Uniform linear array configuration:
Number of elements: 8
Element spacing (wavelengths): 0.75
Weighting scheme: hann
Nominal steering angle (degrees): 30
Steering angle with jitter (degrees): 29.034
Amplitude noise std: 0.05
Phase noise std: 0.05

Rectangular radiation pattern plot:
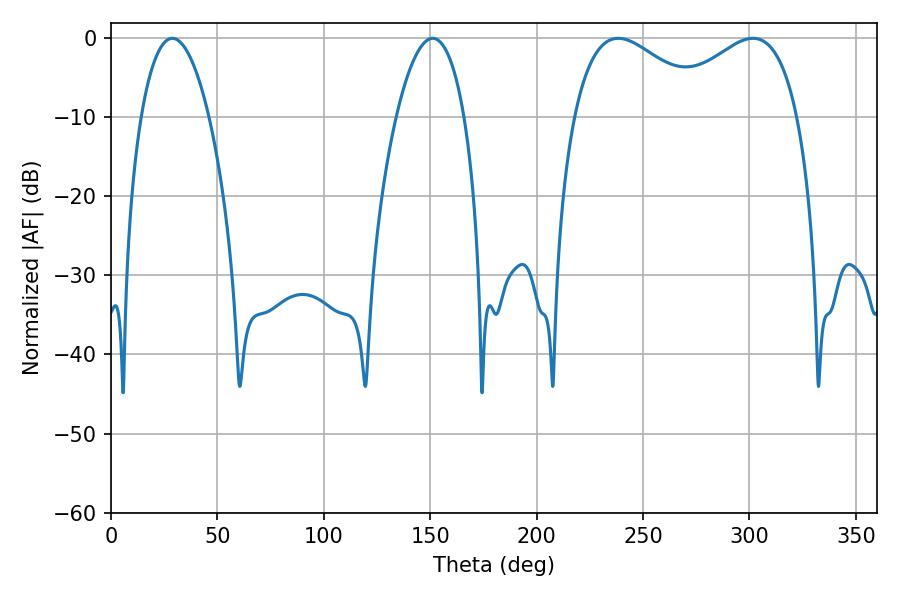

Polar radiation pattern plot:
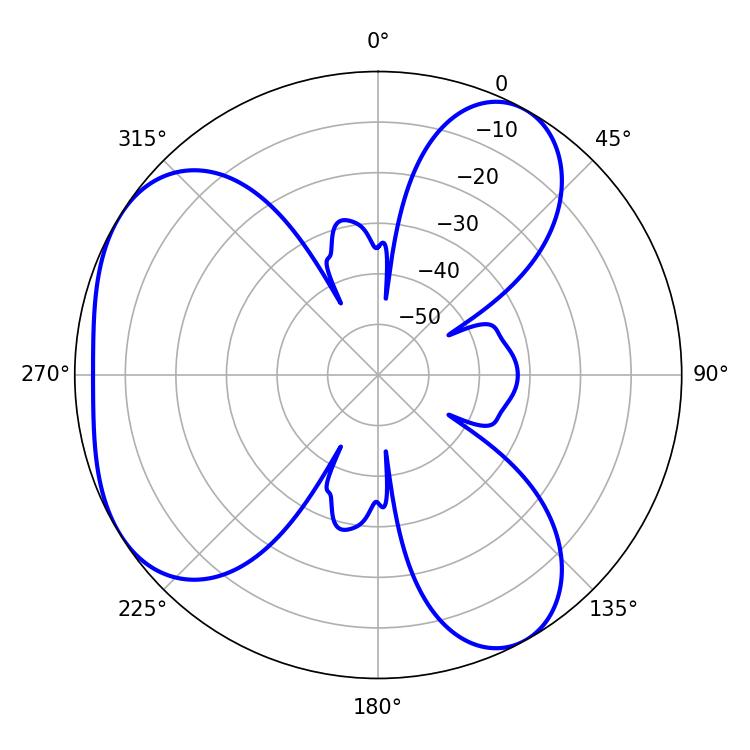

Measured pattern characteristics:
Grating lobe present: TRUE
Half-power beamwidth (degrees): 35.1
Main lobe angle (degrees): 238.32